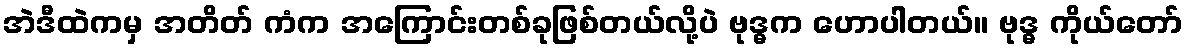
အဲဒီထဲကမှ အတိတ် ကံက အကြောင်းတစ်ခုဖြစ်တယ်လို့ပဲ ဗုဒ္ဓက ဟောပါတယ်။ ဗုဒ္ဓ ကိုယ်တော်